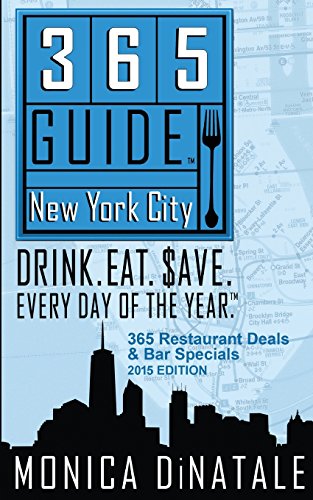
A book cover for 365 Guide New York City: Drink. Eat. Save. Every Day of the Year - A Guide to New York City Restaurants and Bars; Monica DiNatale; Travel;